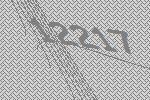
12217